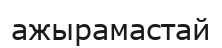
ажырамастай